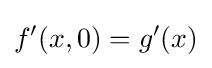
f'(x,0)=g'(x)